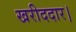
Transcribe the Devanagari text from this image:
खरीददार।